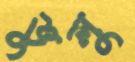
ভুলু